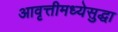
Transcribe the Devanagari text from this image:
आवृत्तीमध्येसुद्धा